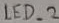
Text: LED_2